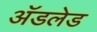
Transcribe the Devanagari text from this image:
अॅडलेड